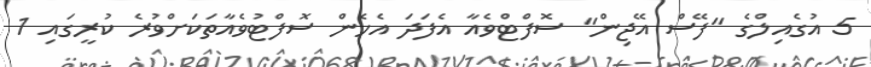
5 އުގެއިލްގެ "ފޭސް އޭޖިން" ސޮފްޓްވެއާ އެފަދަ އެހެން ސޮފްޓުވެއާތަކަށްވުރެ ކުރީގައި 1